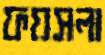
ফয়সলা